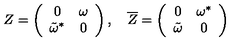
Z = \left( \begin{array} { c c } { 0 } & { \omega } \\ { { \tilde { \omega } } ^ { * } } & { 0 } \\ \end{array} \right) , \quad { \overline { Z } } = \left( \begin{array} { c c } { 0 } & { { \omega } ^ { * } } \\ { { \tilde { \omega } } } & { 0 } \\ \end{array} \right)